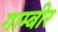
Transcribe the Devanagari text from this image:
गाम्बीर